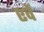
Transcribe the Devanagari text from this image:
एवें